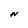
Character: N